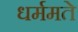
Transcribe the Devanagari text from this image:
धर्ममते